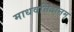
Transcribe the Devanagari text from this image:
माधवनिदानम्